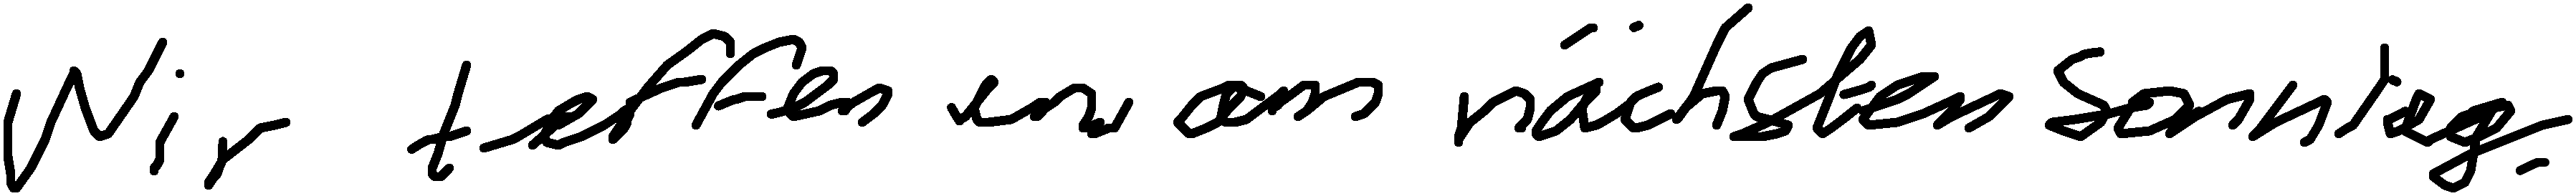
Wir treffen uns am nächsten Sonntag.